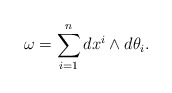
\begin{align*}\omega=\sum_{i=1}^n dx^i\wedge d\theta_i.\end{align*}